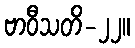
ဗာဝီသတိ-၂၂။